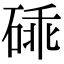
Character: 䂷